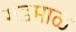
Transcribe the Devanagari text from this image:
गंडमाळ